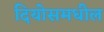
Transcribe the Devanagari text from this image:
दियोसमधील